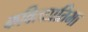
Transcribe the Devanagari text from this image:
कवित्वप्रतिभा